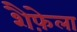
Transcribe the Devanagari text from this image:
शैफ़ेला